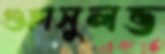
গুহাসুলভ